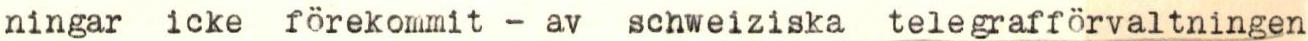
ningar icke förekommit - av schweiziska telegrafförvaltningen